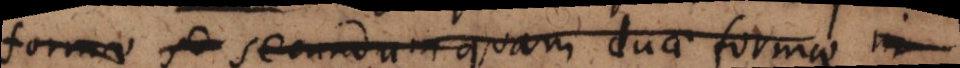
formae secundum quam duae formae in